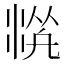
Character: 𱦻